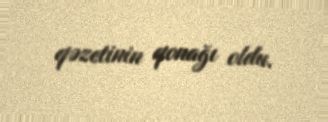
qəzetinin qonağı oldu.